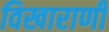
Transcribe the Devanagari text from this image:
विखाराणी